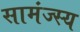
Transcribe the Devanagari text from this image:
सामंज्स्य